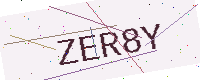
Text: ZER8Y